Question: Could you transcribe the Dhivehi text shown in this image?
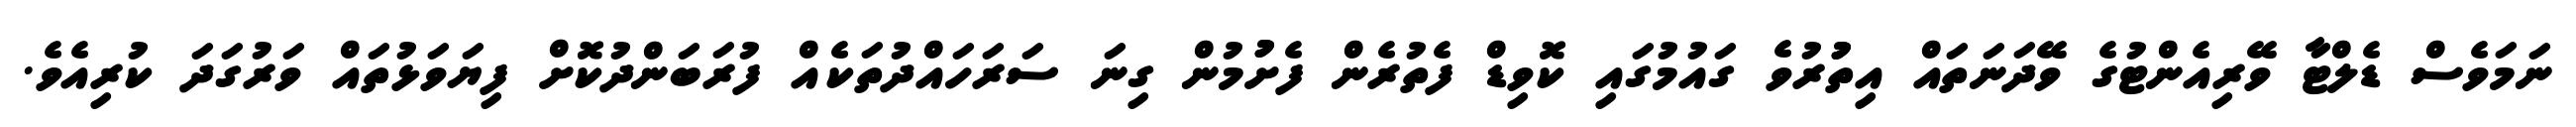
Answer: ނަމަވެސް ޑެލްޓާ ވޭރިއެންޓުގެ ވޭދަނަތައް އިތުުރުވެ ގައުމުގައި ކޮވިޑް ފެތުރެން ފެށުުމުން ގިނަ ސަރަހައްދުތަކެއް ފުރަބަންދުކޮށް ފިޔަވަޅުތައް ވަރުގަދަ ކުރިއެވެ.